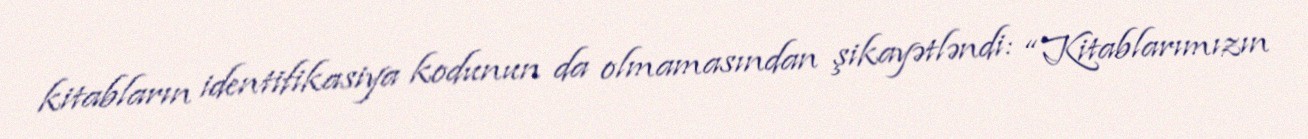
kitabların identifikasiya kodunun da olmamasından şikayətləndi: “Kitablarımızın